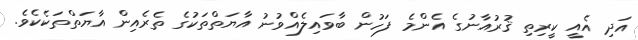
އަދި އެއީ ކީރިތި ޤުރުއާނުގެ އެންމެ ފަހުން ބާވައިލެއްވުނު އާޔަތްތަކުގެ ތެރެއިން އާޔަތްތަކެކެވެ.